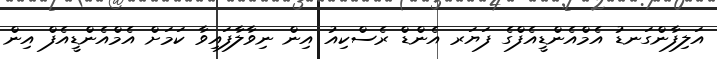
އަލިފާންގަނޑު އެމްއެންޑީއެފްގެ ފަޔަރ އެންޑް ރެސްކިއު އިން ނިވާލާފައިވާ ކަމަށް އެމްއެންޑީއެފް އިން